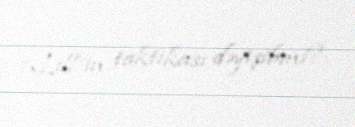
“Lill”in taktikası dəyişibmi?.